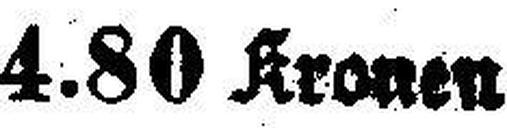
4.80 Kronen